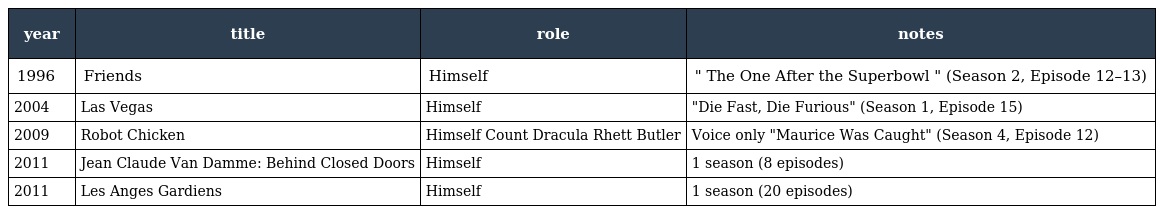
| year | title | role | notes |
 | --- | --- | --- | --- |
 | 1996 | Friends | Himself | " The One After the Superbowl " (Season 2, Episode 12–13) |
 | 2004 | Las Vegas | Himself | "Die Fast, Die Furious" (Season 1, Episode 15) |
 | 2009 | Robot Chicken | Himself Count Dracula Rhett Butler | Voice only "Maurice Was Caught" (Season 4, Episode 12) |
 | 2011 | Jean Claude Van Damme: Behind Closed Doors | Himself | 1 season (8 episodes) |
 | 2011 | Les Anges Gardiens | Himself | 1 season (20 episodes) |